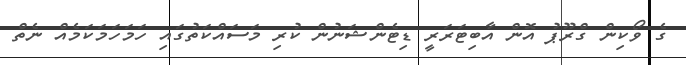
ގެ ވޯކިން ގްރޫޕު އޮން އާބިޓަރަރީ ޑިޓެންޝަނުން ކުރި މަސައްކަތުގައި ހަމަހަމަކަމެއް ނެތް